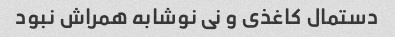
دستمال کاغذی و نی نوشابه همراش نبود